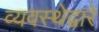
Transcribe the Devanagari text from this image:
व्यवस्थेद्वारे